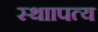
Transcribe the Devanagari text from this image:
स्थाापत्य